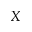
X